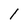
Character: l